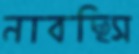
নাবছিস